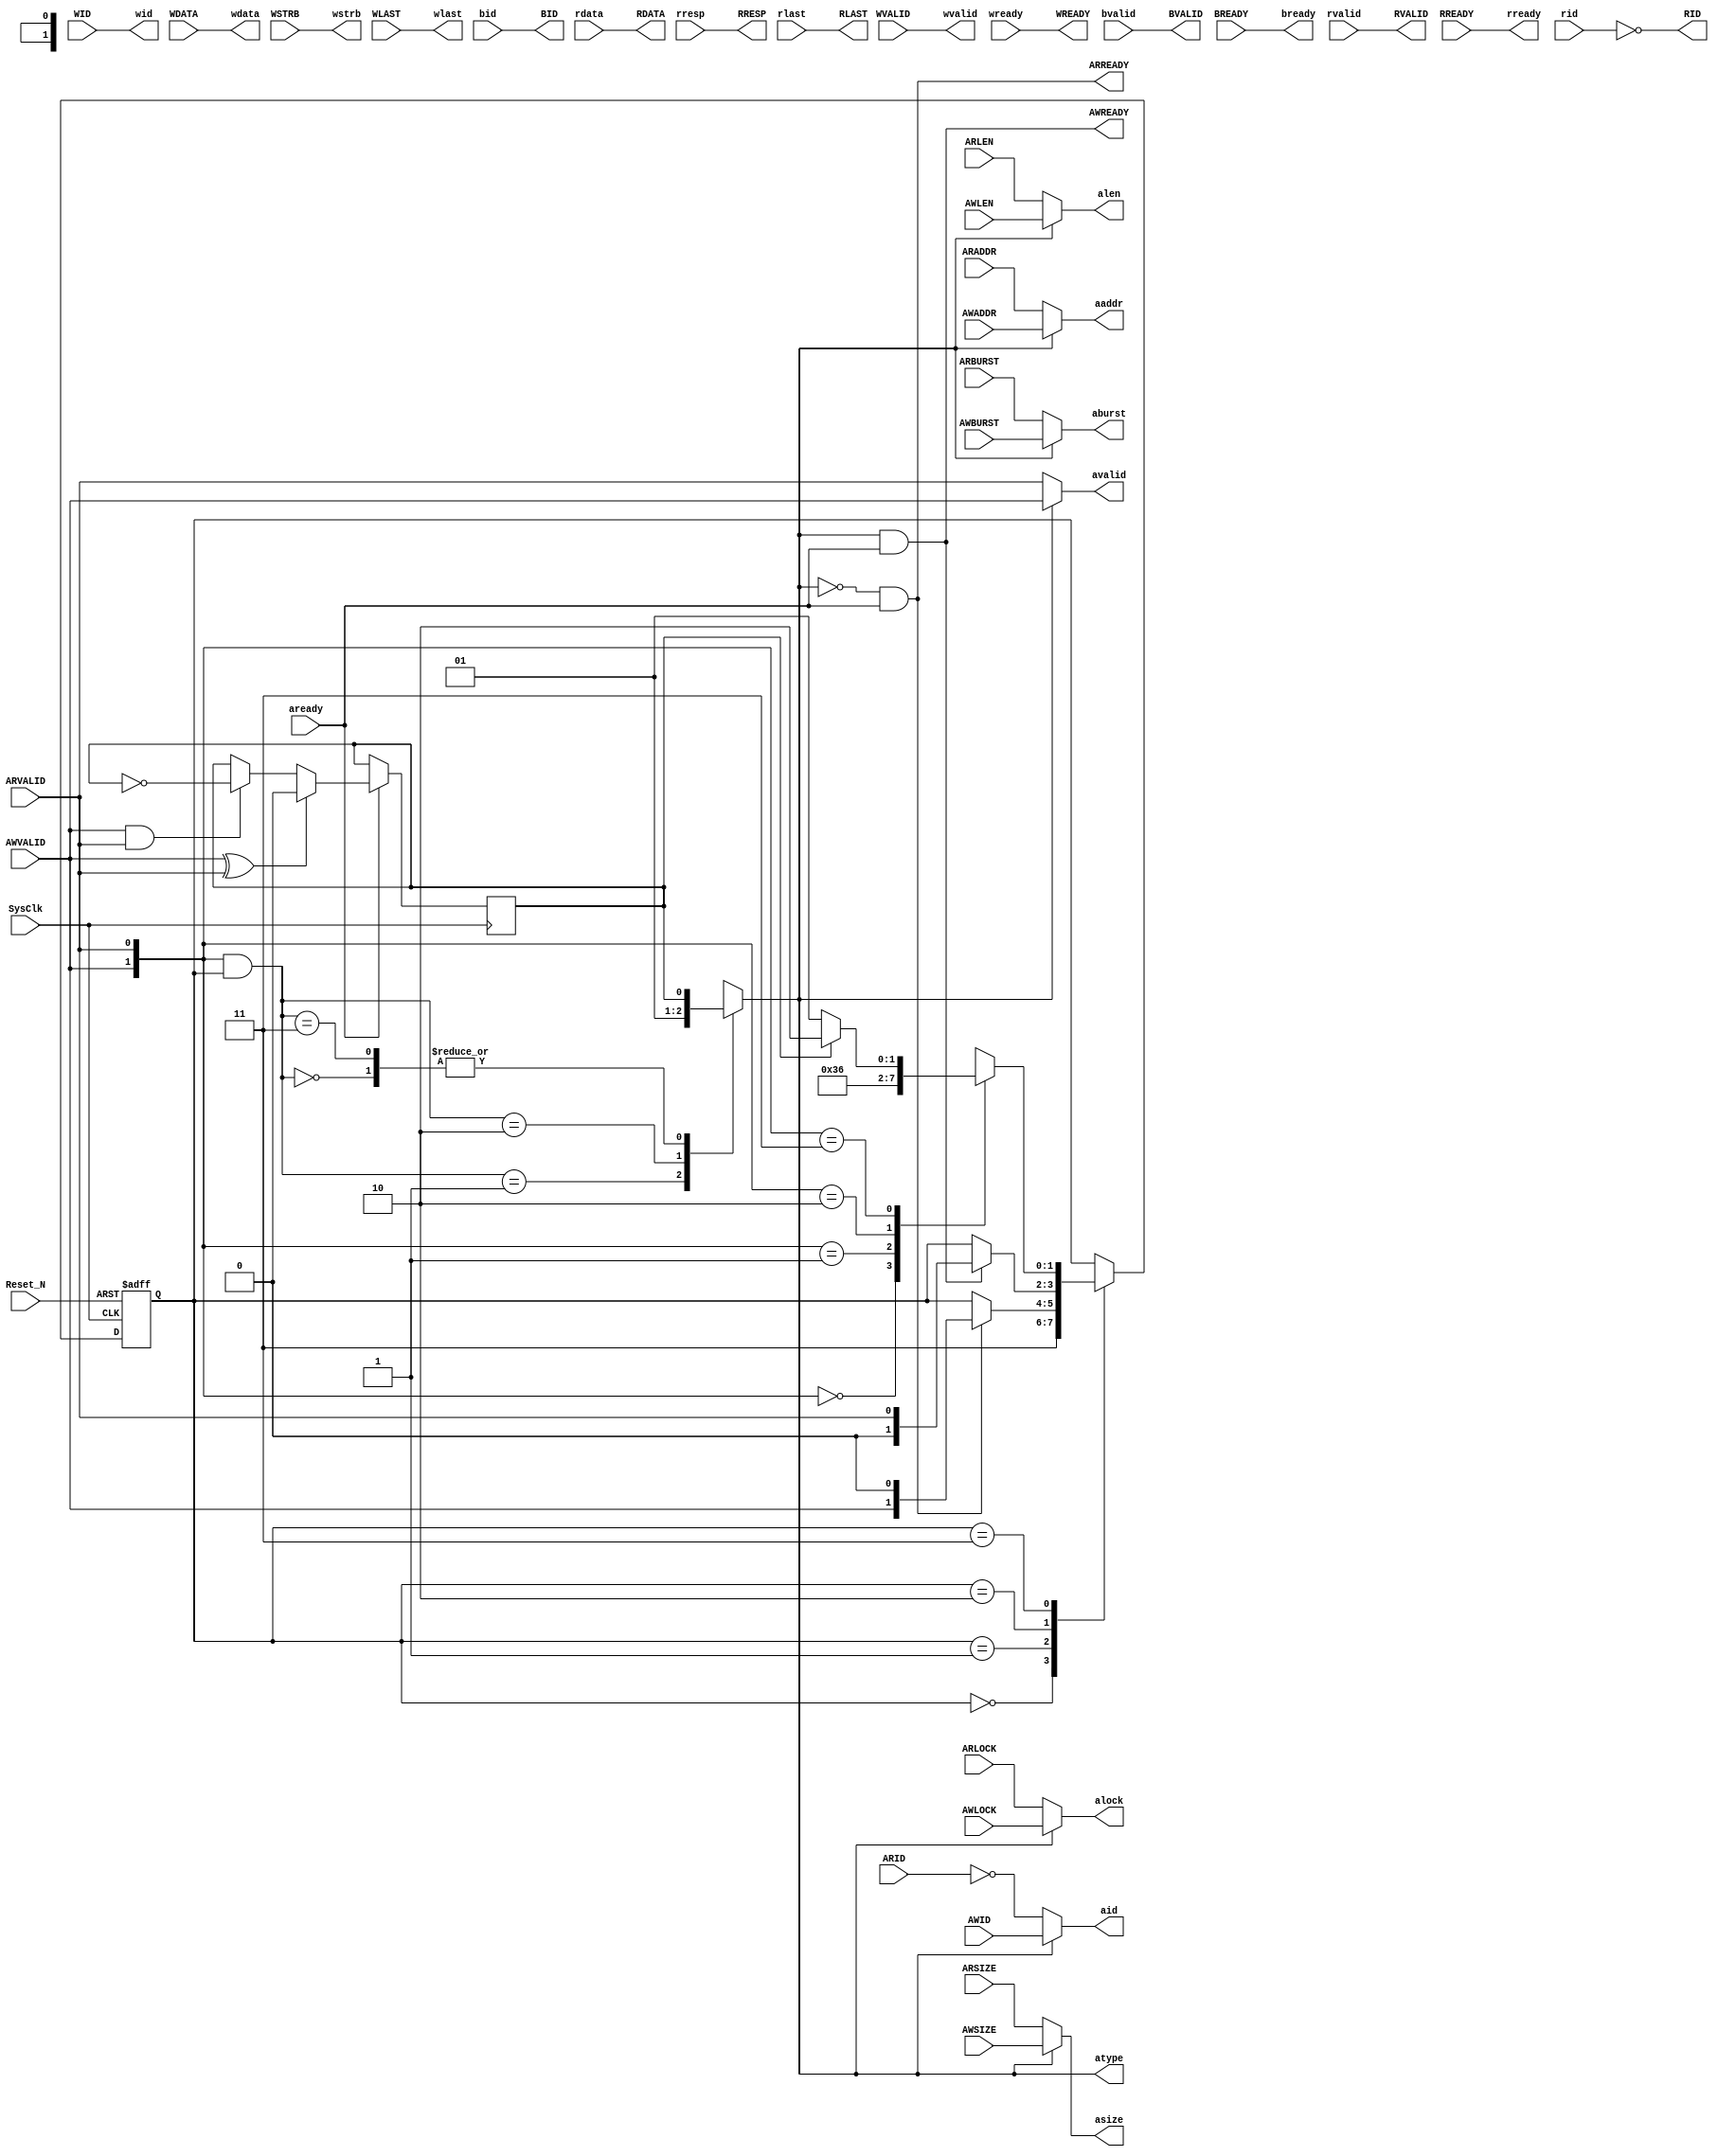

`timescale 100ps/10ps
/////////////////// Axi4FullDeplex ///////////////////////////
module Axi4FullDeplex
(
  //System Signal
  SysClk    , //System Clock
  Reset_N   , //System Reset
  //Axi Slave Interfac Signal
  AWID      , //(I)[WrAddr]Write address ID.
  AWADDR    , //(I)[WrAddr]Write address.
  AWLEN     , //(I)[WrAddr]Burst length.
  AWSIZE    , //(I)[WrAddr]Burst size.
  AWBURST   , //(I)[WrAddr]Burst type.
  AWLOCK    , //(I)[WrAddr]Lock type.
  AWVALID   , //(I)[WrAddr]Write address valid.
  AWREADY   , //(O)[WrAddr]Write address ready.
  ///////////
  WID       , //(I)[WrData]Write ID tag.
  WDATA     , //(I)[WrData]Write data.
  WSTRB     , //(I)[WrData]Write strobes.
  WLAST     , //(I)[WrData]Write last.
  WVALID    , //(I)[WrData]Write valid.
  WREADY    , //(O)[WrData]Write ready.
  ///////////
  BID       , //(O)[WrResp]Response ID tag.
  BVALID    , //(O)[WrResp]Write response valid.
  BREADY    , //(I)[WrResp]Response ready.
  ///////////
  ARID      , //(I)[RdAddr]Read address ID.
  ARADDR    , //(I)[RdAddr]Read address.
  ARLEN     , //(I)[RdAddr]Burst length.
  ARSIZE    , //(I)[RdAddr]Burst size.
  ARBURST   , //(I)[RdAddr]Burst type.
  ARLOCK    , //(I)[RdAddr]Lock type.
  ARVALID   , //(I)[RdAddr]Read address valid.
  ARREADY   , //(O)[RdAddr]Read address ready.
  ///////////
  RID       , //(O)[RdData]Read ID tag.
  RDATA     , //(O)[RdData]Read data.
  RRESP     , //(O)[RdData]Read response.
  RLAST     , //(O)[RdData]Read last.
  RVALID    , //(O)[RdData]Read valid.
  RREADY    , //(I)[RdData]Read ready.
  /////////////
  //DDR Controner AXI4 Signal
  aid       , //(O)[Addres] Address ID
  aaddr     , //(O)[Addres] Address
  alen      , //(O)[Addres] Address Brust Length
  asize     , //(O)[Addres] Address Burst size
  aburst    , //(O)[Addres] Address Burst type
  alock     , //(O)[Addres] Address Lock type
  avalid    , //(O)[Addres] Address Valid
  aready    , //(I)[Addres] Address Ready
  atype     , //(O)[Addres] Operate Type 0=Read, 1=Write
  /////////////
  wid       , //(O)[Write]  ID
  wdata     , //(O)[Write]  Data
  wstrb     , //(O)[Write]  Data Strobes(Byte valid)
  wlast     , //(O)[Write]  Data Last
  wvalid    , //(O)[Write]  Data Valid
  wready    , //(I)[Write]  Data Ready
  /////////////
  rid       , //(I)[Read]   ID
  rdata     , //(I)[Read]   Data
  rlast     , //(I)[Read]   Data Last
  rvalid    , //(I)[Read]   Data Valid
  rready    , //(O)[Read]   Data Ready
  rresp     , //(I)[Read]   Response
  /////////////
  bid       , //(I)[Answer] Response Write ID
  bvalid    , //(I)[Answer] Response valid
  bready      //(O)[Answer] Response Ready
);

  //Define  Parameter
  /////////////////////////////////////////////////////////
  parameter   TCo_C  = 1;

  parameter   DDR_WRITE_FIRST     = 1'h1;
  parameter   AXI_DATA_WIDTH      = 256 ;

  localparam  AXI_BYTE_NUMBER     = AXI_DATA_WIDTH/8  ;
                                                      
  localparam  ADW_C               = AXI_DATA_WIDTH    ;
  localparam  ABN_C               = AXI_BYTE_NUMBER   ;

  /////////////////////////////////////////////////////////

  //Define Port
  /////////////////////////////////////////////////////////
  //System Signal
  input               SysClk  ; //System Clock
  input               Reset_N ; //System Reset

  /////////////////////////////////////////////////////////
  //AXI4 Full Deplex
  input   [      7:0] AWID    ; //(I)[WrAddr]Write address ID. This signal is the identification tag for the write address group of signals.
  input   [     31:0] AWADDR  ; //(I)[WrAddr]Write address. The write address gives the address of the first transfer in a write burst transaction.
  input   [      7:0] AWLEN   ; //(I)[WrAddr]Burst length. The burst length gives the exact number of transfers in a burst. This information determines the number of data transfers associated with the address.
  input   [      2:0] AWSIZE  ; //(I)[WrAddr]Burst size. This signal indicates the size of each transfer in the burst.
  input   [      1:0] AWBURST ; //(I)[WrAddr]Burst type. The burst type and the size information, determine how the address for each transfer within the burst is calculated.
  input   [      1:0] AWLOCK  ; //(I)[WrAddr]Lock type. Provides additional information about the atomic characteristics of the transfer.
  input               AWVALID ; //(I)[WrAddr]Write address valid. This signal indicates that the channel is signaling valid write address and control information.
  output              AWREADY ; //(O)[WrAddr]Write address ready. This signal indicates that the slave is ready to accept an address and associated control signals.
  /////////////  
  input   [      7:0] WID     ; //(I)[WrData]Write ID tag. This signal is the ID tag of the write data transfer.
  input   [ABN_C-1:0] WSTRB   ; //(I)[WrData]Write strobes. This signal indicates which byte lanes hold valid data. There is one write strobe bit for each eight bits of the write data bus.
  input               WLAST   ; //(I)[WrData]Write last. This signal indicates the last transfer in a write burst.
  input               WVALID  ; //(I)[WrData]Write valid. This signal indicates that valid write data and strobes are available.
  output              WREADY  ; //(O)[WrData]Write ready. This signal indicates that the slave can accept the write data.
  input   [ADW_C-1:0] WDATA   ; //(I)[WrData]Write data.
  /////////////  
  output  [      7:0] BID     ; //(O)[WrResp]Response ID tag. This signal is the ID tag of the write response.
  output              BVALID  ; //(O)[WrResp]Write response valid. This signal indicates that the channel is signaling a valid write response.
  input               BREADY  ; //(I)[WrResp]Response ready. This signal indicates that the master can accept a write response.
  /////////////  
  input   [      7:0] ARID    ; //(I)[RdAddr]Read address ID. This signal is the identification tag for the read address group of signals.
  input   [     31:0] ARADDR  ; //(I)[RdAddr]Read address. The read address gives the address of the first transfer in a read burst transaction.
  input   [      7:0] ARLEN   ; //(I)[RdAddr]Burst length. This signal indicates the exact number of transfers in a burst.
  input   [      2:0] ARSIZE  ; //(I)[RdAddr]Burst size. This signal indicates the size of each transfer in the burst.
  input   [      1:0] ARBURST ; //(I)[RdAddr]Burst type. The burst type and the size information determine how the address for each transfer within the burst is calculated.
  input   [      1:0] ARLOCK  ; //(I)[RdAddr]Lock type. This signal provides additional information about the atomic characteristics of the transfer.
  input               ARVALID ; //(I)[RdAddr]Read address valid. This signal indicates that the channel is signaling valid read address and control information.
  output              ARREADY ; //(O)[RdAddr]Read address ready. This signal indicates that the slave is ready to accept an address and associated control signals.
  /////////////  
  output  [      7:0] RID     ; //(O)[RdData]Read ID tag. This signal is the identification tag for the read data group of signals generated by the slave.
  output  [      1:0] RRESP   ; //(O)[RdData]Read response. This signal indicates the status of the read transfer.
  output              RLAST   ; //(O)[RdData]Read last. This signal indicates the last transfer in a read burst.
  output              RVALID  ; //(O)[RdData]Read valid. This signal indicates that the channel is signaling the required read data.
  input               RREADY  ; //(I)[RdData]Read ready. This signal indicates that the master can accept the read data and response information.
  output  [ADW_C-1:0] RDATA   ; //(O)[RdData]Read data.

  /////////////////////////////////////////////////////////
  //DDR Controner AXI4 Signal Define
  output  [      7:0] aid     ; //(O)[Addres]Address ID
  output  [     31:0] aaddr   ; //(O)[Addres]Address
  output  [      7:0] alen    ; //(O)[Addres]Address Brust Length
  output  [      2:0] asize   ; //(O)[Addres]Address Burst size
  output  [      1:0] aburst  ; //(O)[Addres]Address Burst type
  output  [      1:0] alock   ; //(O)[Addres]Address Lock type
  output              avalid  ; //(O)[Addres]Address Valid
  input               aready  ; //(I)[Addres]Address Ready
  output              atype   ; //(O)[Addres]Operate Type 0=Read, 1=Write
  output  [      7:0] wid     ; //(O)[Write]Data ID
  output  [ABN_C-1:0] wstrb   ; //(O)[Write]Data Strobes(Byte valid)
  output              wlast   ; //(O)[Write]Data Last
  output              wvalid  ; //(O)[Write]Data Valid
  input               wready  ; //(I)[Write]Data Ready
  output  [ADW_C-1:0] wdata   ; //(O)[Write]Data Data
  input   [      7:0] rid     ; //(I)[Read]Data ID
  input               rlast   ; //(I)[Read]Data Last
  input               rvalid  ; //(I)[Read]Data Valid
  output              rready  ; //(O)[Read]Data Ready
  input   [      1:0] rresp   ; //(I)[Read]Response
  input   [ADW_C-1:0] rdata   ; //(I)[Read]Data Data
  input   [      7:0] bid     ; //(I)[Answer]Response Write ID
  input               bvalid  ; //(I)[Answer]Response valid
  output              bready  ; //(O)[Answer]Response Ready

//1111111111111111111111111111111111111111111111111111111
//
//  Input
//  output
//***************************************************/

  /////////////////////////////////////////////////////////
  reg           OpType  ;

  wire          AWREADY =  OpType & aready  ; //(O)[WrAddr]Write address ready. This signal indicates that the slave is ready to accept an address and associated control signals.
  wire          ARREADY = ~OpType & aready  ; //(O)[RdAddr]Read address ready. This signal indicates that the slave is ready to accept an address and associated control signals.

  /////////////////////////////////////////////////////////
  reg   OperateSel = 1'h0;

  always @( posedge SysClk) if (aready)
  begin
    if      (AWVALID ^ ARVALID)   OperateSel <= # TCo_C ~DDR_WRITE_FIRST  ;
    else if (AWVALID & ARVALID)   OperateSel <= # TCo_C ~OperateSel       ;
  end

  /////////////////////////////////////////////////////////
  reg   [1:0] OprateAva = 2'h3;

  always @( posedge SysClk or negedge Reset_N )
  begin
    if ( ! Reset_N )      OprateAva <= # TCo_C  2'h3;
    else
    begin
      case (OprateAva)
        2'h0:               OprateAva <= # TCo_C  2'h3;
        2'h1: if (ARREADY)  OprateAva <= # TCo_C  {AWVALID  , 1'h0   };
        2'h2: if (AWREADY)  OprateAva <= # TCo_C  {1'h0     , ARVALID};
        2'h3:
        begin
          case ({AWVALID , ARVALID})
            2'h0:   OprateAva  <= # TCo_C 2'h3;
            2'h1:   OprateAva  <= # TCo_C 2'h1;
            2'h2:   OprateAva  <= # TCo_C 2'h2;
            2'h3:   OprateAva  <= # TCo_C OperateSel ? 2'h2 : 2'h1;
          endcase
        end
      endcase
    end
  end

  /////////////////////////////////////////////////////////
  wire  [1:0]  AddrVal = {AWVALID , ARVALID} & OprateAva;

  always @( * )
  begin
    case (AddrVal)
      2'h0:   OpType  <= # TCo_C OperateSel;
      2'h1:   OpType  <= # TCo_C 1'h0;
      2'h2:   OpType  <= # TCo_C 1'h1;
      2'h3:   OpType  <= # TCo_C OperateSel;
    endcase
  end

//1111111111111111111111111111111111111111111111111111111



//22222222222222222222222222222222222222222222222222222
//
//  Input
//  output
//***************************************************/

  /////////////////////////////////////////////////////////
  wire  [      7:0] aid     = OpType ? AWID     : (~ARID) ; //(O)[Addres]Address ID
  wire  [     31:0] aaddr   = OpType ? AWADDR   : ARADDR  ; //(O)[Addres]Address
  wire  [      7:0] alen    = OpType ? AWLEN    : ARLEN   ; //(O)[Addres]Address Brust Length
  wire  [      2:0] asize   = OpType ? AWSIZE   : ARSIZE  ; //(O)[Addres]Address Burst size
  wire  [      1:0] aburst  = OpType ? AWBURST  : ARBURST ; //(O)[Addres]Address Burst type
  wire  [      1:0] alock   = OpType ? AWLOCK   : ARLOCK  ; //(O)[Addres]Address Lock type
  wire              avalid  = OpType ? AWVALID  : ARVALID ; //(O)[Addres]Address Valid
  wire              atype   = OpType                      ; //(O)[Addres]Operate Type 0=Read, 1=Write

  /////////////////////////////////////////////////////////
  wire  [      7:0] wid     = WID     ; //(O)[Write]Data ID
  wire  [ABN_C-1:0] wstrb   = WSTRB   ; //(O)[Write]Data Strobes(Byte valid)
  wire              wlast   = WLAST   ; //(O)[Write]Data Last
  wire              wvalid  = WVALID  ; //(O)[Write]Data Valid
  wire  [ADW_C-1:0] wdata   = WDATA   ; //(O)[Write]Data Data
                                      
  wire              WREADY  = wready  ; //(O)[WrData]Write ready. This signal indicates that the slave can accept the write data.

  /////////////////////////////////////////////////////////
  wire              bready  = BREADY  ; //(O)[Answer]Response Ready
                                      
  wire  [     7:0]  BID     = bid     ; //(O)[WrResp]Response ID tag. This signal is the ID tag of the write response.
  wire              BVALID  = bvalid  ; //(O)[WrResp]Write response valid. This signal indicates that the channel is signaling a valid write response.

  /////////////////////////////////////////////////////////
  wire              rready  = RREADY  ; //(O)[Read]Data Ready
                                      
  wire  [     7:0]  RID     = (~rid)  ; //(O)[RdData]Read ID tag. This signal is the identification tag for the read data group of signals generated by the slave.
  wire  [     1:0]  RRESP   = rresp   ; //(O)[RdData]Read response. This signal indicates the status of the read transfer.
  wire              RLAST   = rlast   ; //(O)[RdData]Read last. This signal indicates the last transfer in a read burst.
  wire              RVALID  = rvalid  ; //(O)[RdData]Read valid. This signal indicates that the channel is signaling the required read data.
  wire [ADW_C-1:0]  RDATA   = rdata   ; //(O)[RdData]Read data.

//22222222222222222222222222222222222222222222222222222




endmodule

/////////////////// Axi4FullDeplex ///////////////////////////